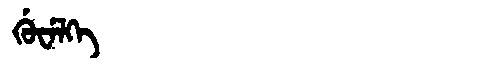
Manchu: ᡤᡠᠸᡝᠯᡴᡝ
Romanization: GUWELKE